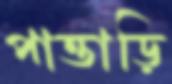
পাত্তাড়ি